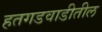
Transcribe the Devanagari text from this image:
हतगडवाडीतील